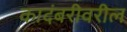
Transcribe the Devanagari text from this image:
कादंबरीवरील